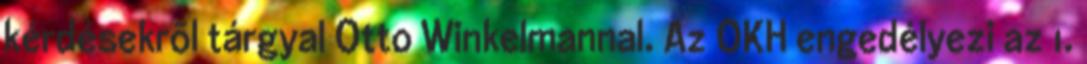
kérdésekrõl tárgyal Otto Winkelmannal. Az OKH engedélyezi az 1.